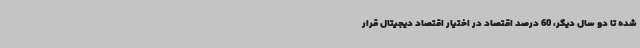
شده تا دو سال دیگر، 60 درصد اقتصاد در اختیار اقتصاد دیجیتال قرار